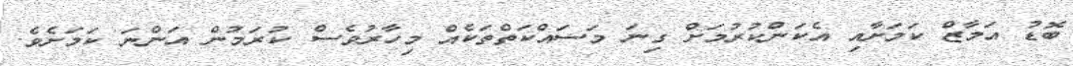
ބޮޑު އަމާޒް ކަމަށާއި އެކަންކުރުމަށް ގިނަ މަސައްކަތްތަކެއް މިހާރުވެސް ކުރަމުން އަންނަ ކަމަށެވެ.